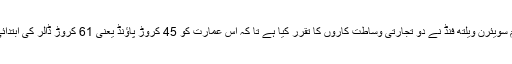
بلوم برگ کا کہنا ہے کہ "قطر کے زیر انتظام سویئرن ویلتھ فنڈ نے دو تجارتی وساطت کاروں کا تقرر کیا ہے تا کہ اس عمارت کو 45 کروڑ پاؤنڈ یعنی 61 کروڑ ڈالر کی ابتدائی قیمت میں فروخت کے لیے پیش کیا جائے”۔